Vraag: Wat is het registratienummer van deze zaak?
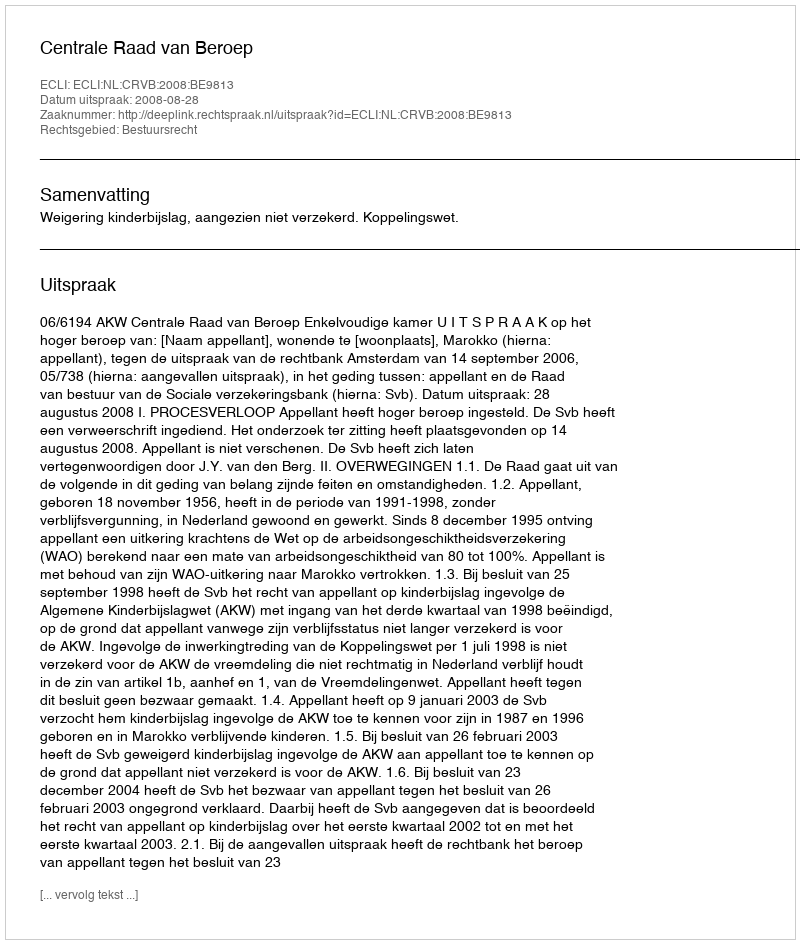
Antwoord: http://deeplink.rechtspraak.nl/uitspraak?id=ECLI:NL:CRVB:2008:BE9813